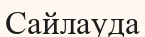
Сайлауда